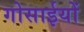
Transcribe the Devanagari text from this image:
गोसाईयों